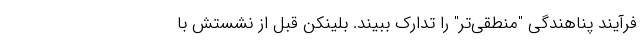
فرآیند پناهندگی "منطقی‌تر" را تدارک ببیند. بلینکن قبل از نشستش با